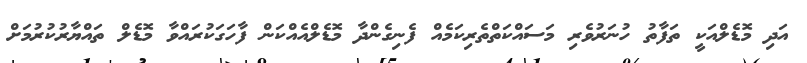
އަދި މޮޑެލްއަކީ ތަފާތު ހުނަރުވެރި މަސައްކަތްތެރިކަމެއް ފެނިގެންދާ މޮޑެލްއެއްކަން ފާހަގަކުރައްވާ މޮޑެލް ތައްޔާރުކުރުމަށް